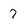
Character: 7